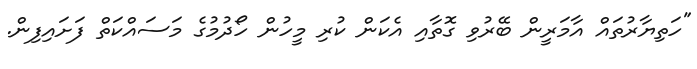
"ހަތިޔާރުތައް އާމަރީން ބޭރުވި ގޮތާއި އެކަން ކުރި މީހުން ހޯދުމުގެ މަސައްކަތް ފަށައިފިން.